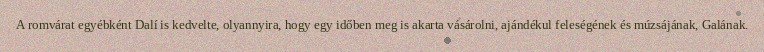
A romvárat egyébként Dalí is kedvelte, olyannyira, hogy egy időben meg is akarta vásárolni, ajándékul feleségének és múzsájának, Galának.